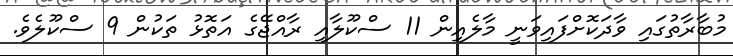
މުބާރާތުގައި ވާދަކޮށްފައިވަނީ މާލެއިން 11 ސްކޫލާއި ރާއްޖޭގެ އަތޮޅު ތަކުން 9 ސްކޫލެވެ.